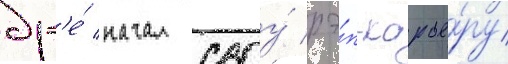
др'е́ начал своу́ рэ́п-карье́ру